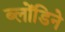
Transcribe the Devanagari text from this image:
ब्लोंडिने